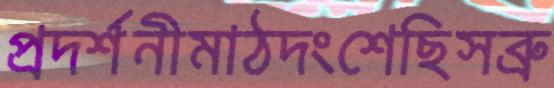
প্রদর্শনীমাঠদংশেছিসব্রু